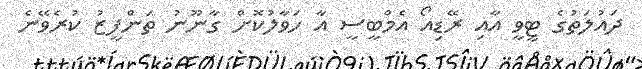
ދައުލަތުގެ ޓީވީ އާއި ރޭޑިއޯ އެމްބީސީ އާ ހަވާލުކޮށް ގާނޫނު ތަންފީޒު ކުރެވޭނެ